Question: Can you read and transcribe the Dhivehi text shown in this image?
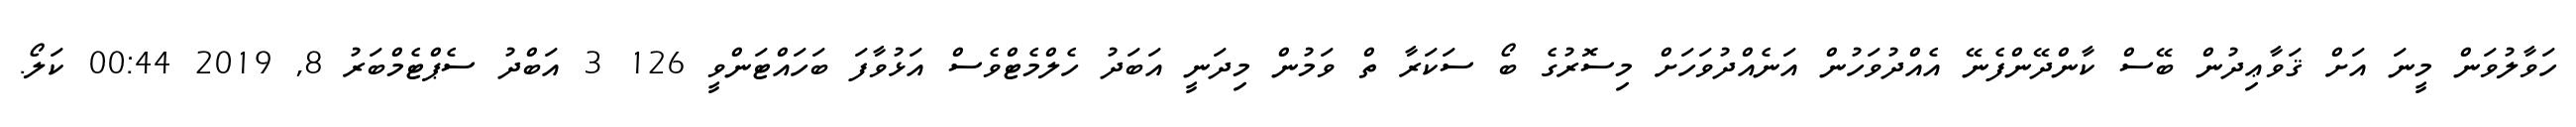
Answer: ހަވާލުވަން މީނަ އަށް ޤަވާޢިދުން ބޭސް ކާންދޭންފެނޭ އެއްދުވަހުން އަނެއްދުވަހަށް މިސޮރުގެ ބޯ ސަކަރާ ތް ވަމުން މިދަނީ އަބަދު ހެލްމެޓްވެސް އަޅުވާފަ ބަހައްޓަންވީ 126 3 އަބްދު ސެޕްޓެމްބަރު 8, 2019 00:44 ކަލޯ.